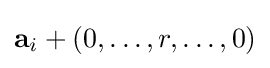
\mathbf {a} _{i}+(0,\ldots ,r,\ldots ,0)